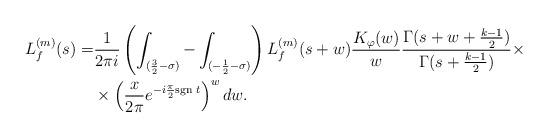
LaTeX: \begin{align*}L_f^{(m)}(s)=&\frac{1}{2\pi i}\left(\int_{(\frac{3}{2}-\sigma)}-\int_{(-\frac{1}{2}-\sigma)}\right)L_f^{(m)}(s+w)\frac{K_\varphi(w)}{w}\frac{\Gamma(s+w+\frac{k-1}{2})}{\Gamma(s+\frac{k-1}{2})}\times\\&\times\left(\frac{x}{2\pi}e^{-i\frac{\pi}{2}{\rm sgn\;}t}\right)^wdw. \end{align*}